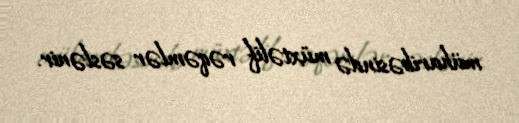
müharibəsində müxtəlif rəqəmlər səslənir.